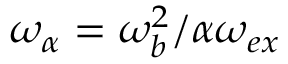
\omega _ { \alpha } = \omega _ { b } ^ { 2 } / \alpha \omega _ { e x }